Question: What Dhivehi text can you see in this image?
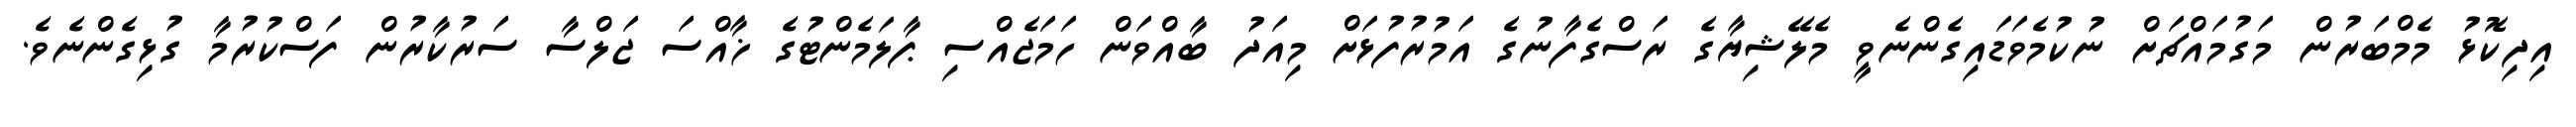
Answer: އިދިކޮޅު މެމްބަރުން މަގުމައްޗަށް ނުކުމެވަޑައިގެންނެވީ މެލޭޝިޔާގެ ރަސްގެފާނުގެ އަމުރުފުޅަށް މިއަދު ބާއްވަން ހަމަޖެއްސި ޕާލަމެންޓުގެ ޚާއްސަ ޖަލްސާ ސަރުކާރުން ފަސްކުރުމާ ގުޅިގެންނެވެ.